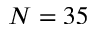
N = 3 5